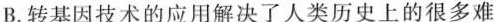
B.转基因技术的应用解决了人类历史上的很多难